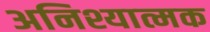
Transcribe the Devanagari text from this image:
अनिश्यात्मक